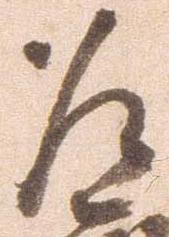
道